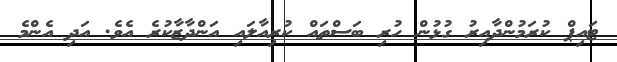
ޓައިޕް ކުރަމުންދާއިރު ގުޅުން ހުރި ބަސްތައް ކުރިއާލައި އަންދާޒާކުރެ އެވެ. އަދި އެންމެ